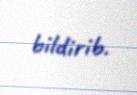
bildirib.